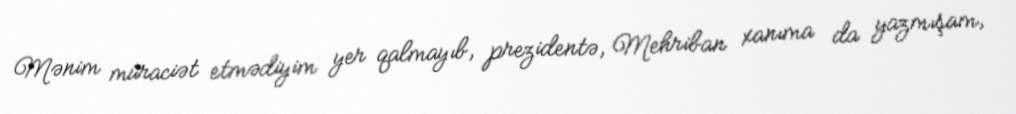
Mənim müraciət etmədiyim yer qalmayıb, prezidentə, Mehriban xanıma da yazmışam,